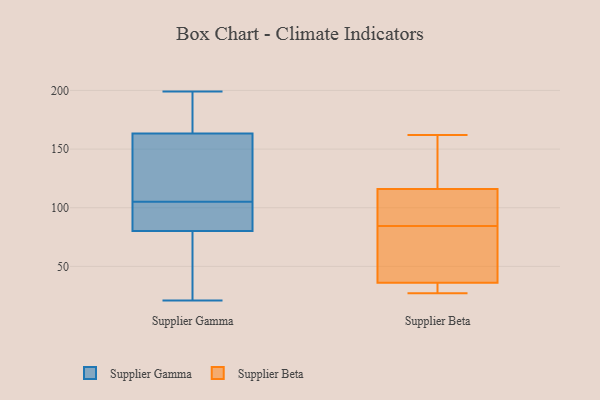
{"axis": {"x": "Population (Million)", "y": "Value"}, "legend": ["Supplier Beta", "Supplier Gamma"], "data": [{"x": "", "y": 42, "type": "Supplier Gamma"}, {"x": "", "y": 105, "type": "Supplier Gamma"}, {"x": "", "y": 78, "type": "Supplier Gamma"}, {"x": "", "y": 135, "type": "Supplier Gamma"}, {"x": "", "y": 135, "type": "Supplier Gamma"}, {"x": "", "y": 167, "type": "Supplier Gamma"}, {"x": "", "y": 199, "type": "Supplier Gamma"}, {"x": "", "y": 105, "type": "Supplier Gamma"}, {"x": "", "y": 81, "type": "Supplier Gamma"}, {"x": "", "y": 68, "type": "Supplier Gamma"}, {"x": "", "y": 162, "type": "Supplier Gamma"}, {"x": "", "y": 90, "type": "Supplier Gamma"}, {"x": "", "y": 138, "type": "Supplier Gamma"}, {"x": "", "y": 21, "type": "Supplier Gamma"}, {"x": "", "y": 199, "type": "Supplier Gamma"}, {"x": "", "y": 197, "type": "Supplier Gamma"}, {"x": "", "y": 104, "type": "Supplier Gamma"}, {"x": "", "y": 78, "type": "Supplier Beta"}, {"x": "", "y": 162, "type": "Supplier Beta"}, {"x": "", "y": 45, "type": "Supplier Beta"}, {"x": "", "y": 113, "type": "Supplier Beta"}, {"x": "", "y": 73, "type": "Supplier Beta"}, {"x": "", "y": 116, "type": "Supplier Beta"}, {"x": "", "y": 36, "type": "Supplier Beta"}, {"x": "", "y": 31, "type": "Supplier Beta"}, {"x": "", "y": 27, "type": "Supplier Beta"}, {"x": "", "y": 29, "type": "Supplier Beta"}, {"x": "", "y": 91, "type": "Supplier Beta"}, {"x": "", "y": 159, "type": "Supplier Beta"}, {"x": "", "y": 134, "type": "Supplier Beta"}, {"x": "", "y": 107, "type": "Supplier Beta"}]}